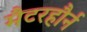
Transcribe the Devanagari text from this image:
मैटरहौर्न